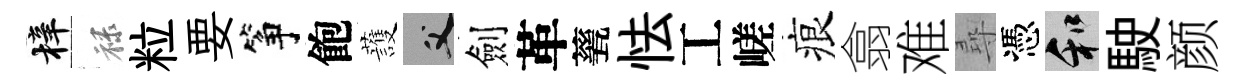
梓禄粒要筝飽䕶父劍革甆怯工嵯痕翕难尋憑和駛颜